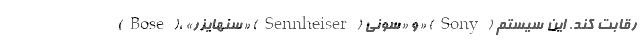
(Bose)، «سنهایزر» (Sennheiser) و «سونی» (Sony) رقابت کند. این سیستم